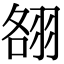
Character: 䎊